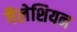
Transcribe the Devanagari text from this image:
गैलेशियन